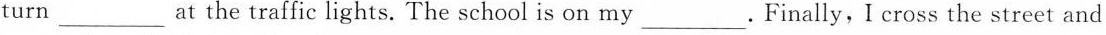
turn___at the traffic lights. The school is on my___. Finally, I cross the street and